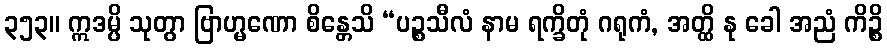
၃၅၃။ ဣဒမ္ပိ သုတွာ ဗြာဟ္မဏော စိန္တေသိ “ပဉ္စသီလံ နာမ ရက္ခိတုံ ဂရုကံ, အတ္ထိ နု ခေါ အညံ ကိဉ္စိ